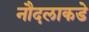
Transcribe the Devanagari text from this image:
नौदलाकडे